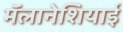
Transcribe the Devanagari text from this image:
मॅलानेशियाई